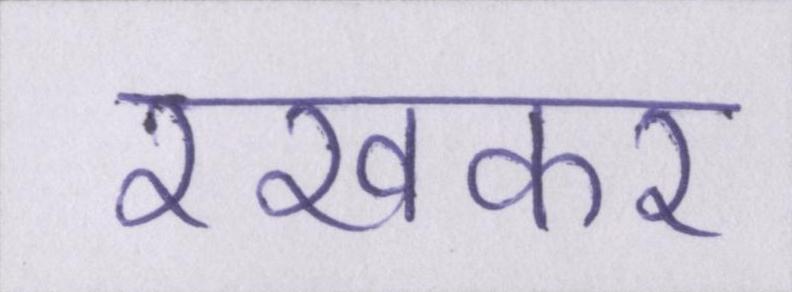
रखकर